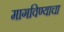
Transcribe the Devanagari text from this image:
मागविण्याचा